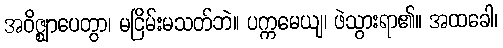
အဝိဇ္ဈာပေတွာ၊ မငြိမ်းမသတ်ဘဲ။ ပက္ကမေယျ၊ ဖဲသွားရာ၏။ အထခေါ၊